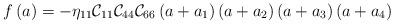
LaTeX: \begin{align*}f\left(a\right)=-\eta_{11}{\cal C}_{11}{\cal C}_{44}{\cal C}_{66}\left(a+a_1\right)\left(a+a_2\right)\left(a+a_3\right)\left(a+a_4\right)\end{align*}